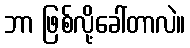
ဘာ ဖြစ်လို့ခေါ်တာလဲ။